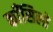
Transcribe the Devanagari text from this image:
काँसिलो